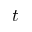
t